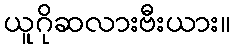
ယူဂိုဆလားဗီးယား။